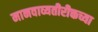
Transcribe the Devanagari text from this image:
मानवाव्यतीरीक्तच्या